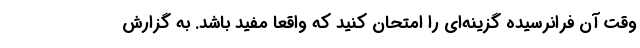
وقت آن فرانرسیده گزینه‌ای را امتحان کنید که واقعا مفید باشد. به گزارش